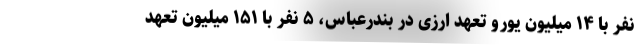
نفر با ۱۴ میلیون یورو تعهد ارزی در بندرعباس، ۵ نفر با ۱۵۱ میلیون تعهد